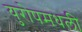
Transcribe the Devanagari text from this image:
युरोपमधली